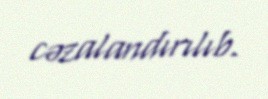
cəzalandırılıb.